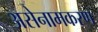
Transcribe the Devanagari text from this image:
असेनामकरण